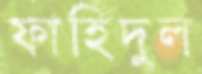
ফাহিদুল